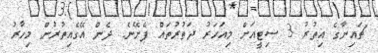
"ޗައިނާގެ އިތުރު 3 ސިޓީއަށް މިއަހަރު ދަތުރުތައް ފެށޭނެ. ދެން އޭގެއިތުރުން މިހާރު